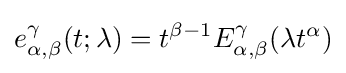
e_{\alpha ,\beta }^{\gamma }(t;\lambda )=t^{\beta -1}E_{\alpha ,\beta }^{\gamma }(\lambda t^{\alpha })